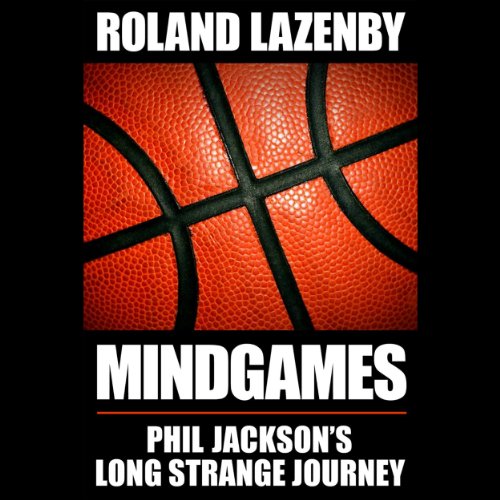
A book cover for Mind Games: Phil Jackson's Long Strange Journey; Roland Lazenby; Sports & Outdoors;